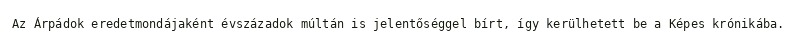
Az Árpádok eredetmondájaként évszázadok múltán is jelentőséggel bírt, így kerülhetett be a Képes krónikába.